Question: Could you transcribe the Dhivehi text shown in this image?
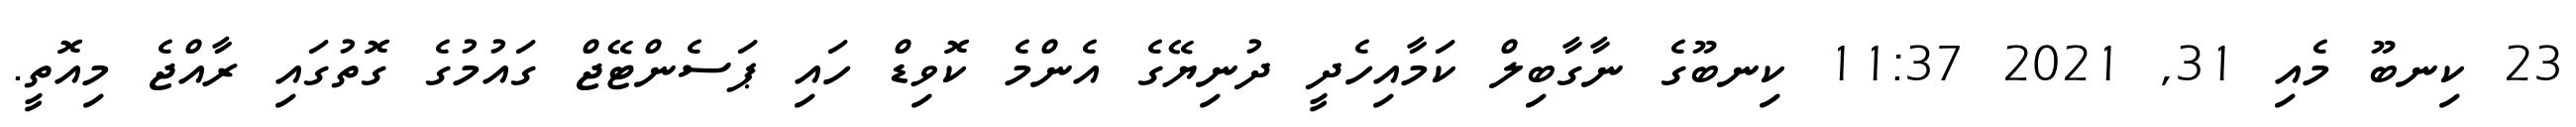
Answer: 23 ކިނބޫ މެއި 31, 2021 11:37 ކިނބޫގެ ނާގާބިލް ކަމާއިހެދީ ދުނިޔޭގެ އެންމެ ކޮވިޑް ހައި ޕަސެންޓޭޖް ގައުމުގެ ގޮތުގައި ރާއްޖެ މިއޮތީ.